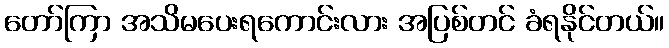
တော်ကြာ အသိမပေးရကောင်းလား အပြစ်တင် ခံရနိုင်တယ်။